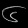
Digit: ၆